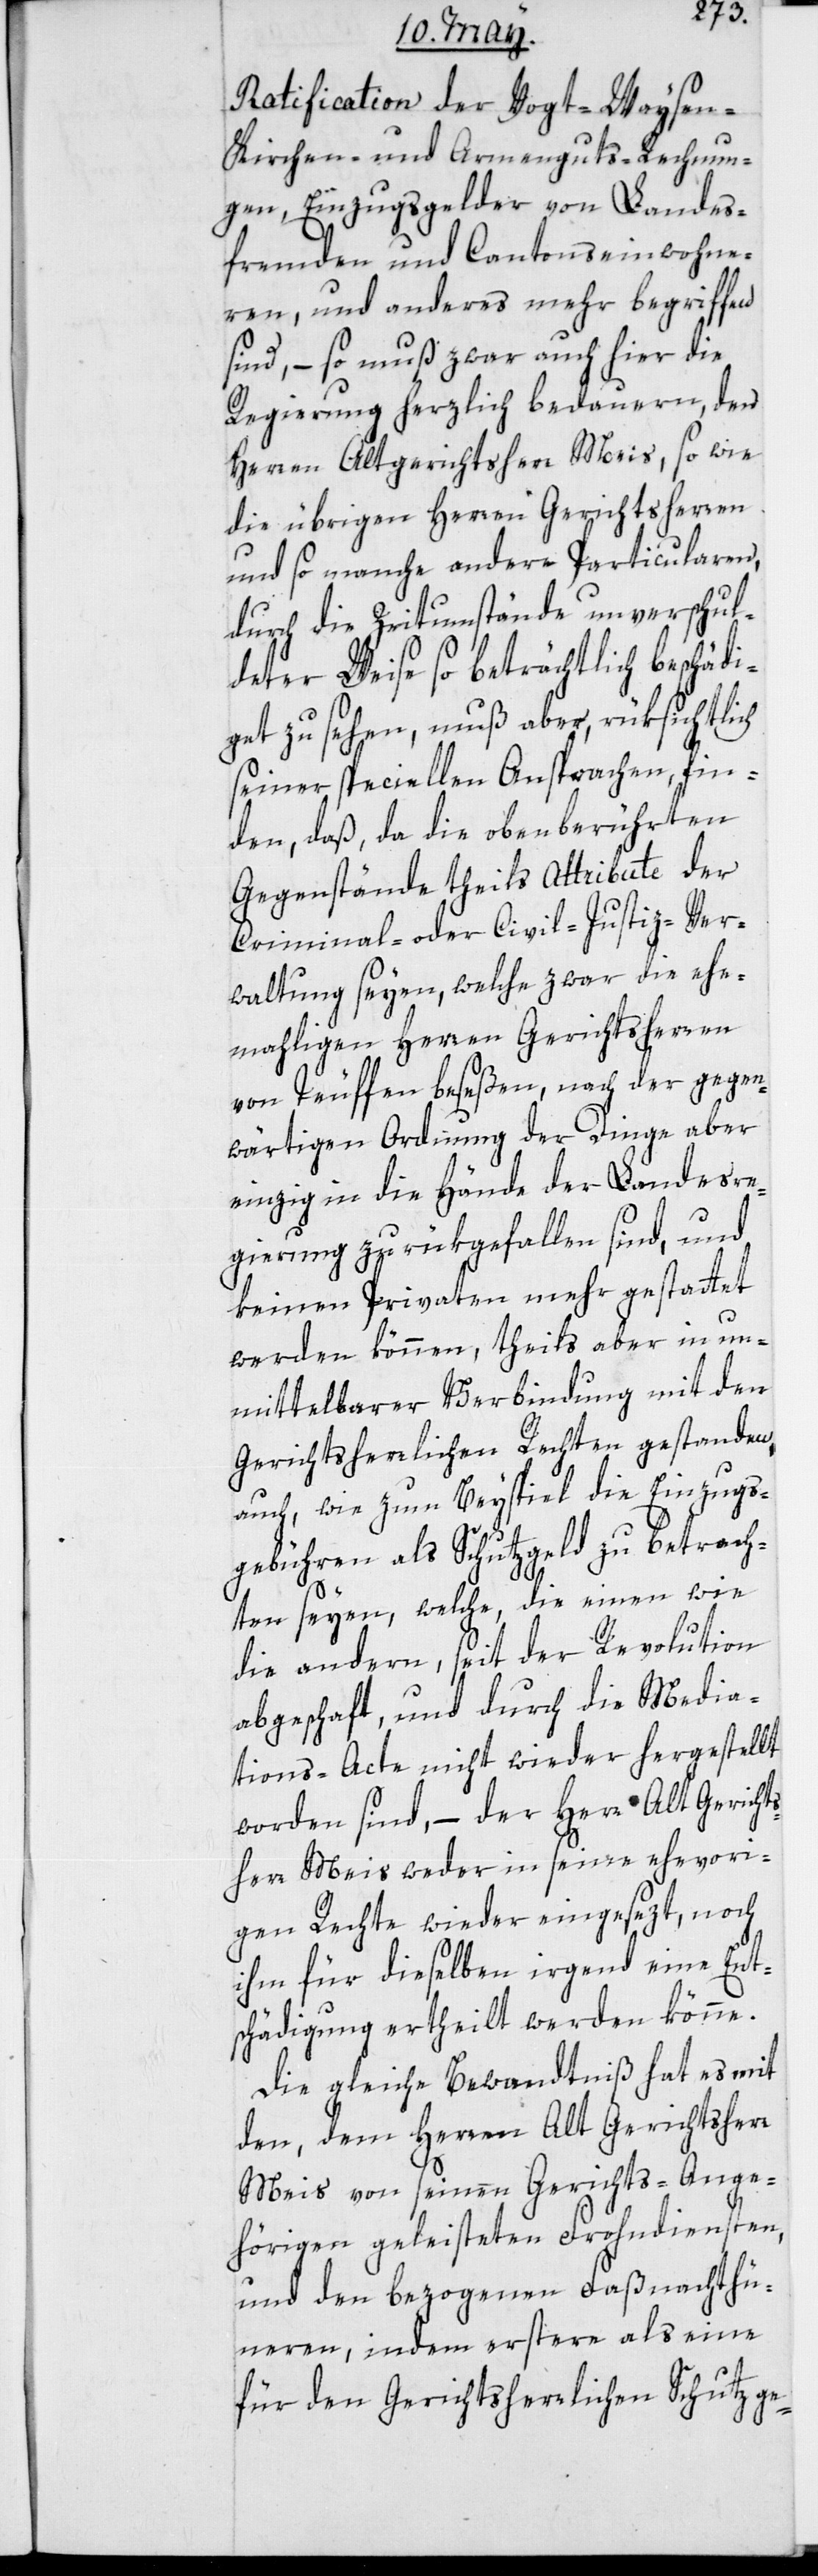
Ratification der Vogt-, Waysen-,
Kirchen- und Armenguts-Rechnun¬
gen, Einzugsgelder von Landes¬
fremden und Cantonseinwohne¬
rn, und anderes mehr begriffen
sind, – so muß zwar auch hier die
Regierung herzlich bedauern, den
Herren Altgerichtsherrn Meis, sowie
die übrigen Herren Gerichtsherren
und so manche andere Particularen,
durch die Zeitumstände unverschul¬
deter Weise so beträchtlich beschädi¬
get zu sehen, muß aber, rüksichtlich
seiner speciellen Ansprachen, fin¬
den, daß da die oben berührten
Gegenstände theils Attribute der
Criminal- oder Civil-Justiz-Ver¬
waltung seyen, welche zwar die ehe¬
mahligen Herren Gerichtsherren
von Teuffen beseßen, nach der gegen¬
wärtigen Ordnung der Dinge aber
einzig in die Hände der Landesre¬
gierung zurükgefallen sind, und
keinen Privaten mehr gestattet
werden können, theils aber in un¬
mittelbarer Verbindung mit den
Gerichtsherrlichen Rechten gestanden,
auch, wie zum Beyspiel die Einzugs¬
gebühren als Schutzgeld zu betrach¬
ten seyen, welche, die einen wie
die andern, seit der Revolution
abgeschaft, und durch die Media¬
tions-Acte nicht wieder hergestellt
worden sind, – der Herr Alt Gerichts¬
herr Meis weder in seine ehevori¬
gen Rechte wieder eingesezt, noch
ihm für dieselben irgend eine Ent¬
schädigung ertheilt werden könne.
Die gleiche Bewandtniß hat es mit
den, dem Herrn alt Gerichtsherr
Meis von seinen Gerichts-Ange¬
hörigen geleisteten Frohndiensten,
und den bezogenen Faßnachthü¬
neren, indem erstere als eine
für den Gerichtsherrlichen Schutz ge-